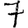
Digit: 7